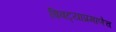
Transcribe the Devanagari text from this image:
बिबट्याप्रमाणेच